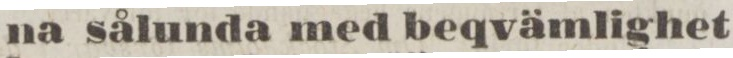
na sålunda med beqvämlighet